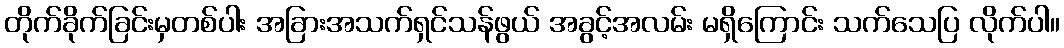
တိုက်ခိုက်ခြင်းမှတစ်ပါး အခြားအသက်ရှင်သန်ဖွယ် အခွင့်အလမ်း မရှိကြောင်း သက်သေပြ လိုက်ပါ။